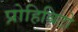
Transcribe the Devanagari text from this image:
प्रोहिबिटो